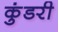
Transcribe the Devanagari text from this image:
कुंडरी